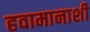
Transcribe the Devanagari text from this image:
हवामानाशी